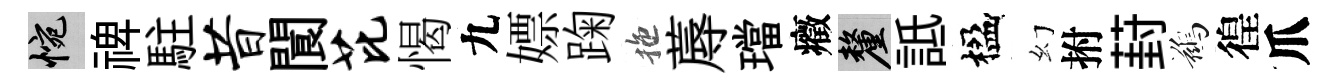
惋禆駐昔閬芘愒九嫖踘拖蓐璫癥厘詆楹幻拊葑鷀徨爪